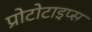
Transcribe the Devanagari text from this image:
प्रोटोटाइप्स